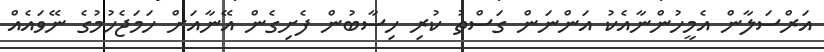
އަރްސަލާން އެމީހުންނާއެކު އަންނަން ގަސްތު ކުރި ހިސާބުން ފެށިގެން އޭނާއަށް ހަމަޖެހުމުގެ ނޭވައެއް